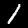
Digit: 1